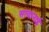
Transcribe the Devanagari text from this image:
सत्यानाई